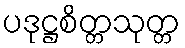
ပဒုဋ္ဌစိတ္တသုတ္တ